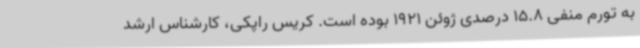
به تورم منفی 15.8 درصدی ژوئن 1921 بوده است. کریس راپکی، کارشناس ارشد